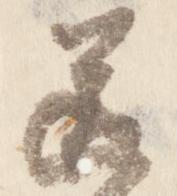
送